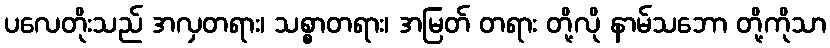
ပလေတိုးသည် အလှတရား၊ သစ္စာတရား၊ အမြတ် တရား တို့လို နာမ်သဘော တို့ကိုသာ